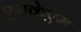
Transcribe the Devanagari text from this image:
एमकेएम